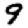
Digit: 9